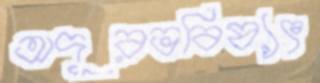
অদূরভবিষ্যৎ